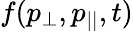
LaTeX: f(p_{\perp},p_{||},t)